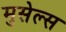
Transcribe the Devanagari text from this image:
मुसेल्स